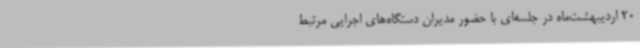
20 اردیبهشت‌ماه در جلسه‌ای با حضور مدیران دستگاه‌های اجرایی مرتبط